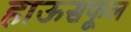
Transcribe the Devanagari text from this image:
हाऊसफूल